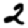
Digit: 2